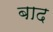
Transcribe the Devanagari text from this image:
बाद